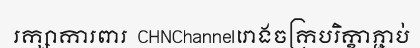
រក្សាការពារ  CHNChannelរោងចក្របរិក្ខាភ្ជាប់